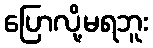
ပြောလို့မရဘူး